system: You are a helpful assistant.
user:
Analyze the provided spectrum to determine if it is a **Carbon Star (C-type)**.

- **Key Visual Indicators of Carbon Star:**
    - **(Primary):** Strong molecular absorption from **C₂ (diatomic carbon) "Swan Bands."** This is the **defining feature** of a carbon star.
        - **(Key Bandheads):** Sharp absorption edges are visible at approximately $5635$ Å, $5165$ Å (the strongest band), and $4737$ Å.
        - **(Line Profile):** Creates a distinct **"saw-tooth"** pattern. The key morphology is a sharp, steep bandhead on the **red (long-wavelength) side**, which then gradually tapers off (i.e., flux recovers) towards the **blue (short-wavelength) side**. *(This is the direct opposite of the TiO bands seen in M-type stars)*.

    - **(Secondary):** Intense **CN (cyanogen)** molecular absorption bands.
        - **(Key Bandheads):** Located in the blue and violet regions of the spectrum (e.g., near $4215$ Å and $3883$ Å).
        - **(Morphology):** These bands are extremely broad and act as a "blanket," absorbing the vast majority of blue and violet light. This creates a characteristic **"cliff"** or **"steep drop-off"** in the spectrum's flux at short wavelengths.

    - **(Key Confirmation):** Strong **CH absorption band (G-band)**.
        - **(Key Bandhead):** Located around $4300$ Å. The contribution from CH molecules to this band is exceptionally strong.

    - **(Overall Spectrum):**
        - The continuum is severely "chopped up" by these deep molecular bands, especially C₂, rather than appearing as a smooth curve.
        - Due to the heavy CN and C₂ absorption in the blue-green, the vast majority of the star's flux is concentrated in the red part of the spectrum, giving the star its characteristic deep red color.

Think first, call **spectral_visualization_tool** if needed to examine features in detail, then provide your final answer. Your response must adhere to the following strict rules:
1.  **Overall Structure:** Your response must follow the format `<think>...</think> <tool_call>...</tool_call> (if a tool is used) <answer>...</answer>`.
2.  **Tool Usage Constraint:** You may only make **one** tool call per turn.
3.  **Final Answer Format:** In the `<answer>` tag, your conclusion must be inside a `\boxed{}` command (e.g., `\boxed{YES}`), followed by your justification.

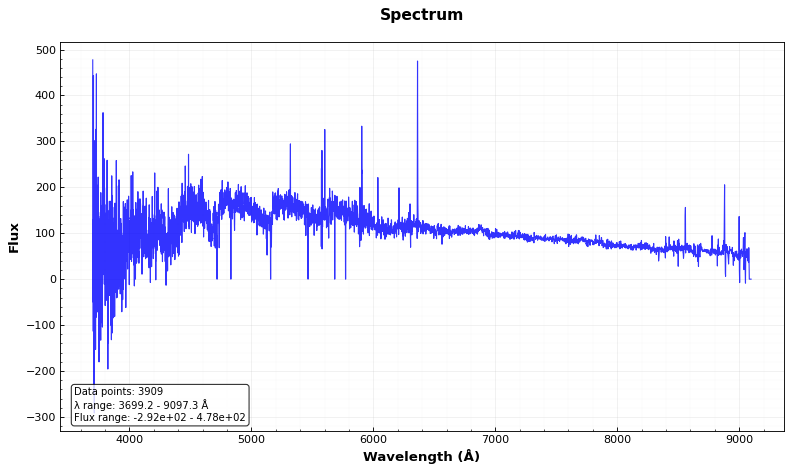
Answer: YES